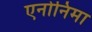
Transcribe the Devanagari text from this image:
एनोनिमा